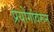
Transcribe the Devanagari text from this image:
प्रयोगांवरून